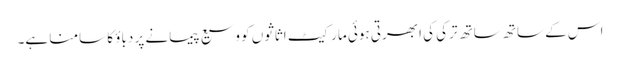
اس کے ساتھ ساتھ ترکی کی ابھرتی ہوئی مارکیٹ اثاثوں کو وسیع پیمانے پر دباؤ کا سامنا ہے۔